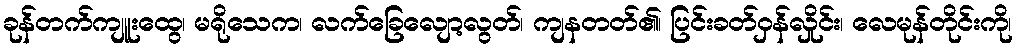
ခုန်တက်ကျူးထွေ၊ မရိုသေက၊ လက်ခြေလျော့လွတ်၊ ကျနတတ်၏၊ ပြင်းခတ်ဝှန်လှိုင်း၊ လေမုန်တိုင်းကို၊